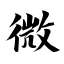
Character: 微